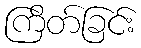
ကြိတ်ခြင်း